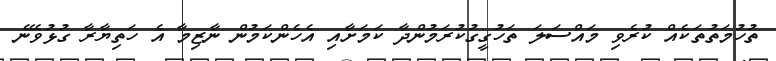
ތުހުމަތުތަކެއް ކުރެވި މައްސަލަ ތަހުގީގުކުރަމުންދާ ކަމަށާއި އެހެންކަމުން ނާޒިމާ އެ ހަތިޔާރާ ގުޅުވޭނެ